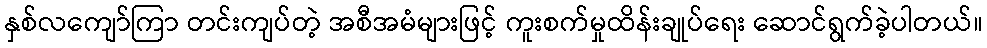
နှစ်လကျော်ကြာ တင်းကျပ်တဲ့ အစီအမံများဖြင့် ကူးစက်မှုထိန်းချုပ်ရေး ဆောင်ရွက်ခဲ့ပါတယ်။